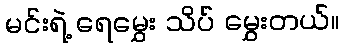
မင်းရဲ့ ရေမွှေး သိပ် မွှေးတယ်။